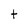
Character: t